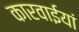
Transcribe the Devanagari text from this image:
कारवाईयां